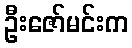
ဦးဇော်မင်းက